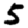
Digit: 5